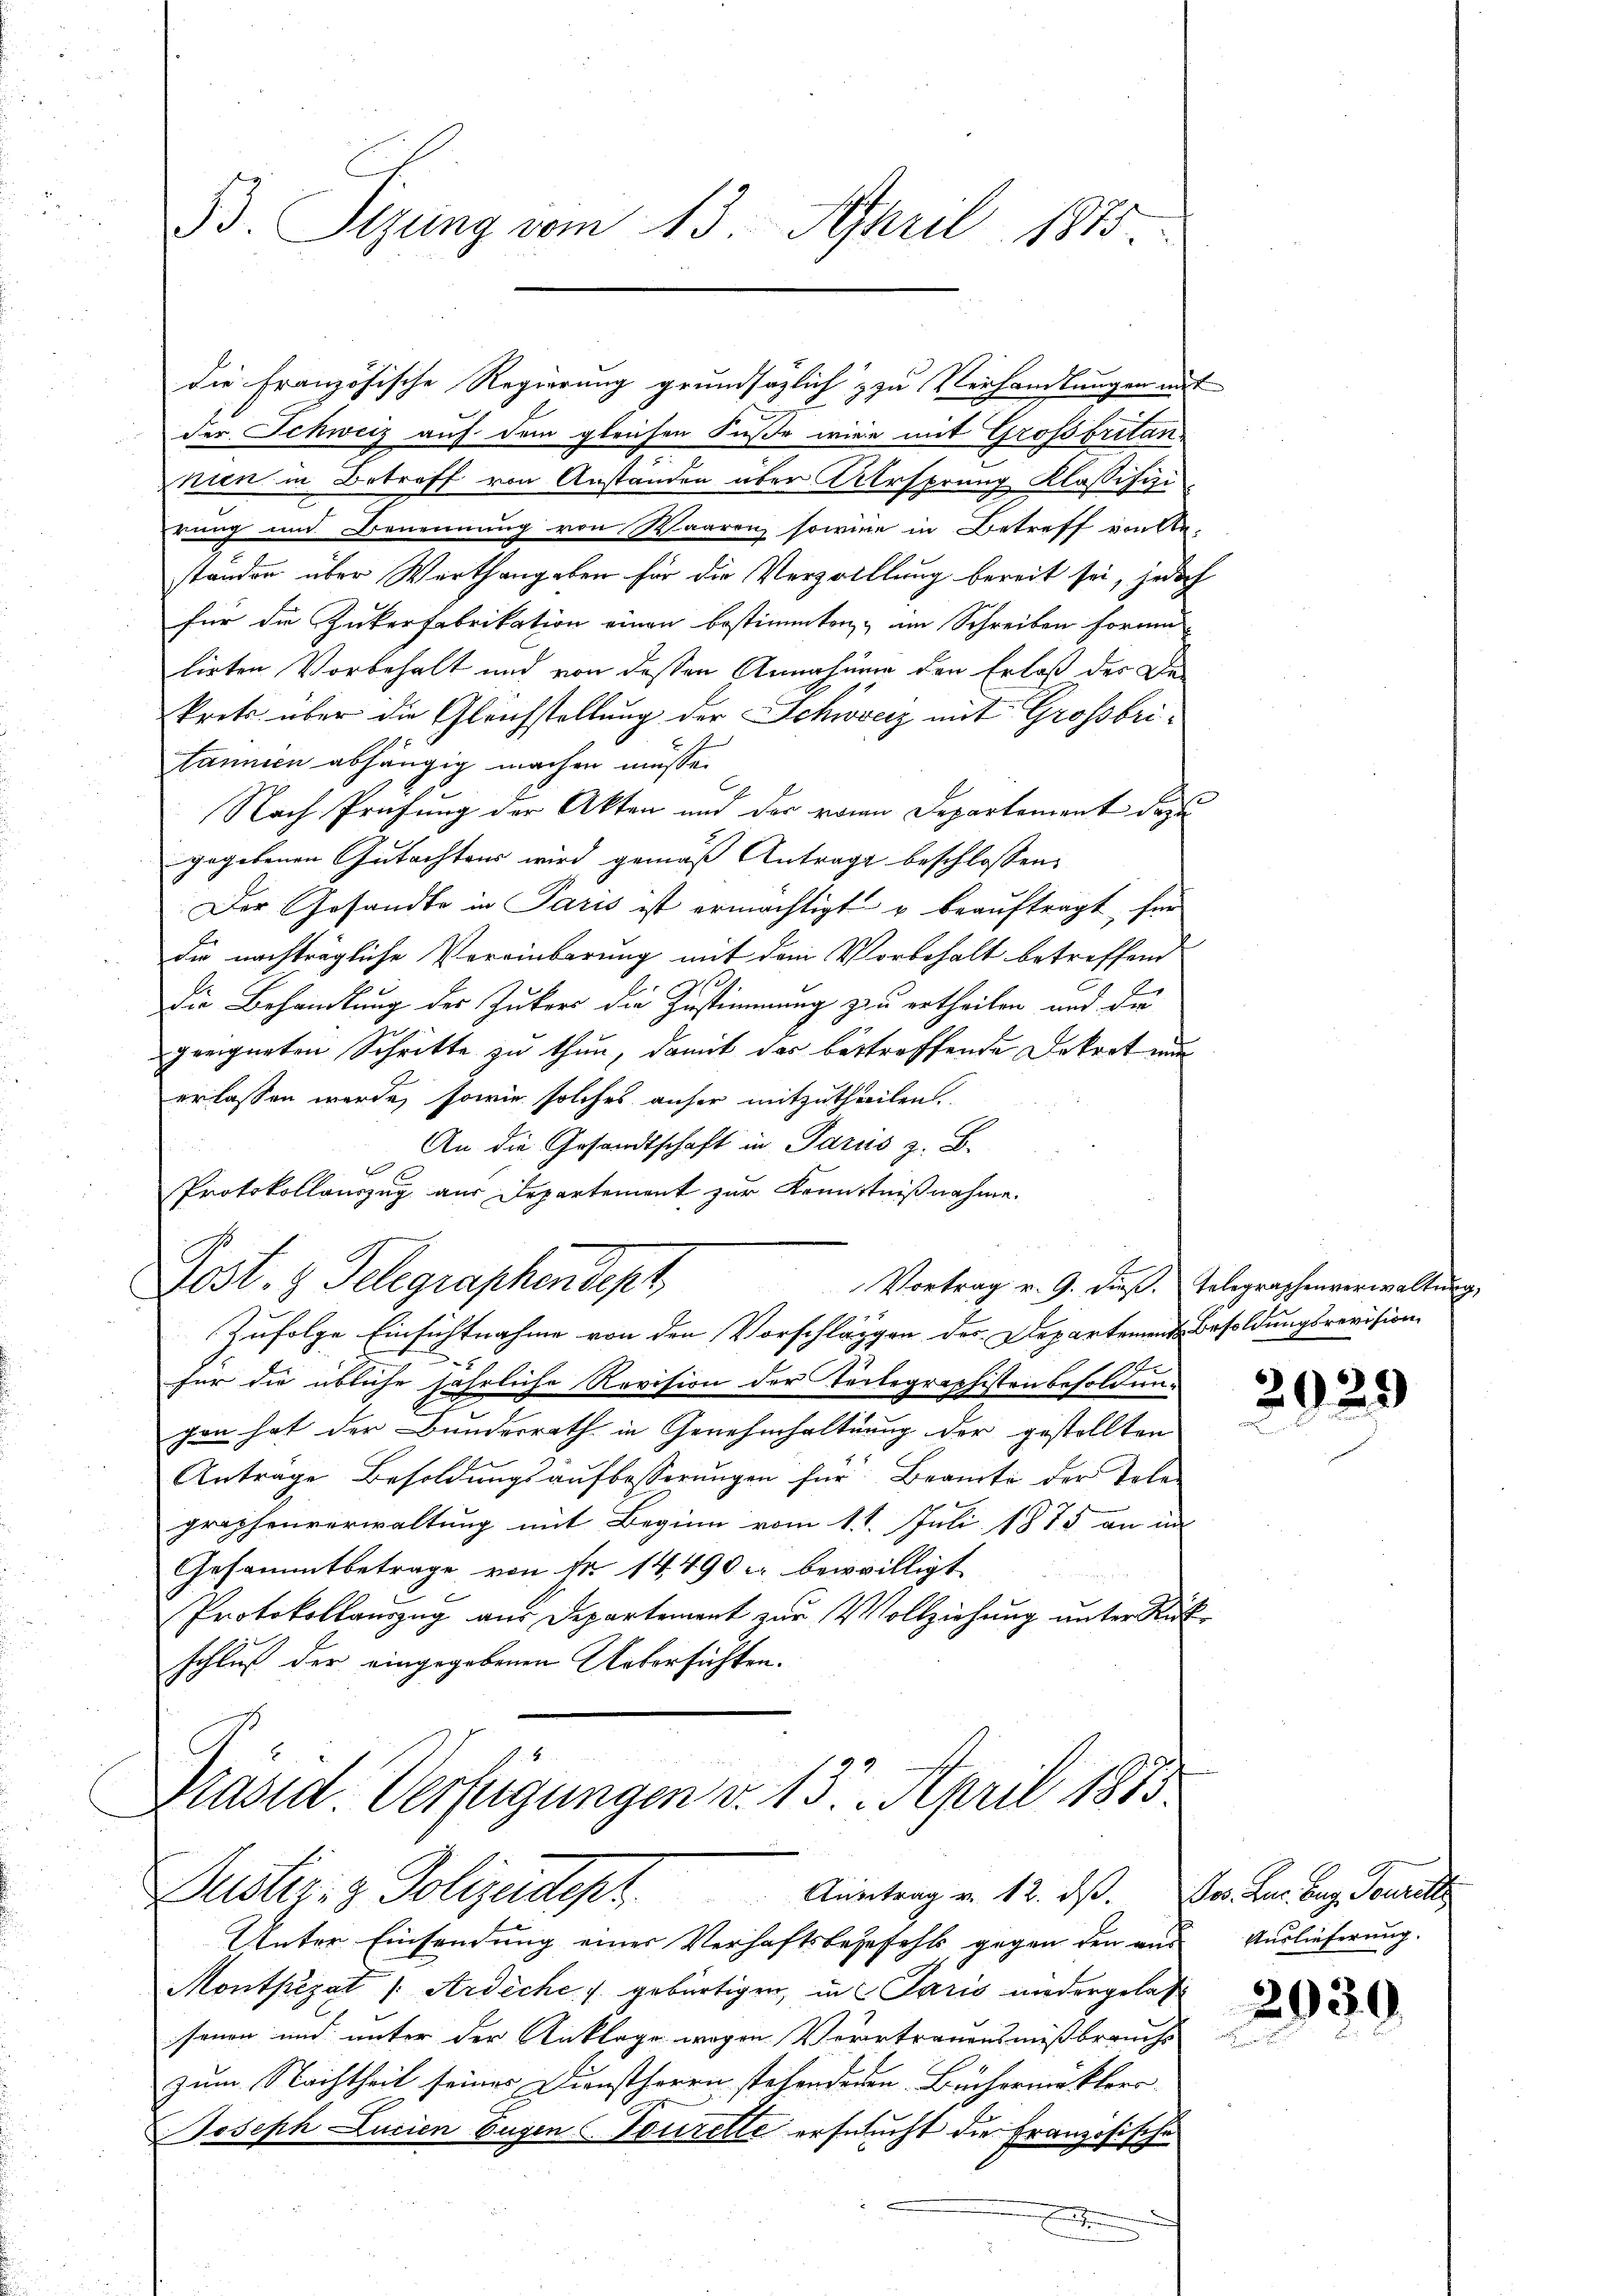
B. Sizung vom 13. April 1875.

der Schweiz auf dem gleichen Fuße wird mit Großbritan¬
Thien in Betreff von Anstanden über Ursprung Klassifizi
rung und Benennung von Waarenz sowie in Betreff eilte
ständen über Werthangeben für die Verzolllung bereit sei, jedoch
für die Zukerfabrikation einen bestimmten, im Schreiben forme
lirten Vorbehalt und von dessen Annahmen den Erlaß der Da
krets. über die Gleichstellung der Schweiz mit Grossbritannien abhängig machen müsse.
Nach Prüfung der Akten und der von Departement dazu
gegebenen Gutachtens wird gemäß Antrage beschlossen:
Der Gesandte in Paris ist ermächtigt u beauftragt, für
die nachträgliche Vereinbarung mit dem Vorbehalt betreffend
Die Behandlung des Jukers die Zustimmung zu ertheilen und der
geeigneten Schritte zu thun, damit das betreffende Dekret und
erlassen werde, sowie solches anher mitzutheilen.
An die Gesandtschaft in Paris z. B.
t
Protokollauszug aus Departement zur Kenntnißnahme.
Fest.  Telegraphendept
Vortrag v. 9. dieß. Telegraphenverwaltung,
Zufolge Einsichtnahme von den Vorschläggen des Departement Besoldungsrevision
2
für die übliche jährliche Revision der Telegraphisten besoldung
gen hat der Bundesrath in Genehmhaltung der gestellten
Antrage Besoldŭngsaŭfbesserŭngen für Beamte der Tole
graphenverwaltung mit Beginn vom 1. 1. Juli 1875 an in
Gesammtbetrage von Nr. 14490 c. bewilligt
Protokollauszug aus Departement zur Vollziehung unter Rück-
schluß der eingegebenen Uebersichten.

die französische Regierung grundsätzlich & zu Verhandlungen mit

Präsid. Verfügungen v. 13. April 1873.
ustiz- & Polizeidept. Anstanz v. 12. ds. Von den bey Fenstalt

Unter Einsendung eines Verhaftsbegefehls gegen den aus Auslieferung.
Monthezat /: Ardiche u gebürtigen, in Paris niedergelas
senen und unter der Anklage wegen Verertrauensmissbrauchs
zum Nachtheil seines Dienstherrn stehendenen Büchermäklers
Joseph Lucien Eugen Tourelle erseucht die Französische
F

2929

2039